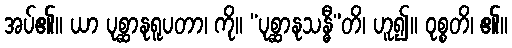
အပ်၏။ ယာ ပုစ္ဆာနုရူပတာ၊ ကို။ “ပုစ္ဆာနုသန္ဓီ”တိ၊ ဟူ၍။ ဝုစ္စတိ၊ ၏။